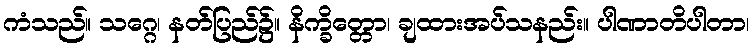
ကံသည်။ သဂ္ဂေ၊ နတ်ပြည်၌။ နိက္ခိတ္တော၊ ချထားအပ်သနည်း။ ပါဏာတိပါတာ၊